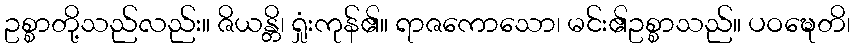
ဥစ္စာတို့သည်လည်း။ ဇိယန္တိ၊ ရှုံးကုန်၏။ ရာဇကောသော၊ မင်း၏ဥစ္စာသည်။ ပဝဍ္ဎေတိ၊